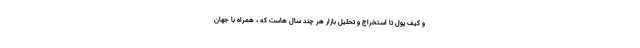
و کیف پول تا استخراج و تحلیل بازار هر چند سال هاست که ، همراه با جهان